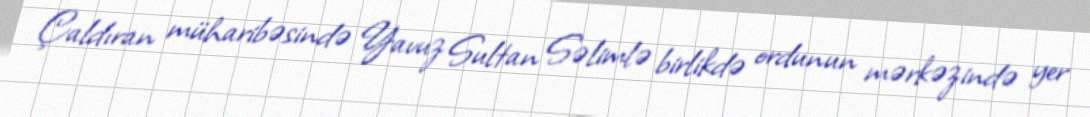
Çaldıran müharibəsində Yavuz Sultan Səlimlə birlikdə ordunun mərkəzində yer